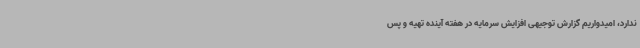
ندارد، امیدواریم گزارش توجیهی افزایش سرمایه در هفته آینده تهیه و پس